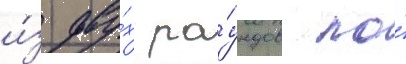
и́з дву́х ра́ундов по́